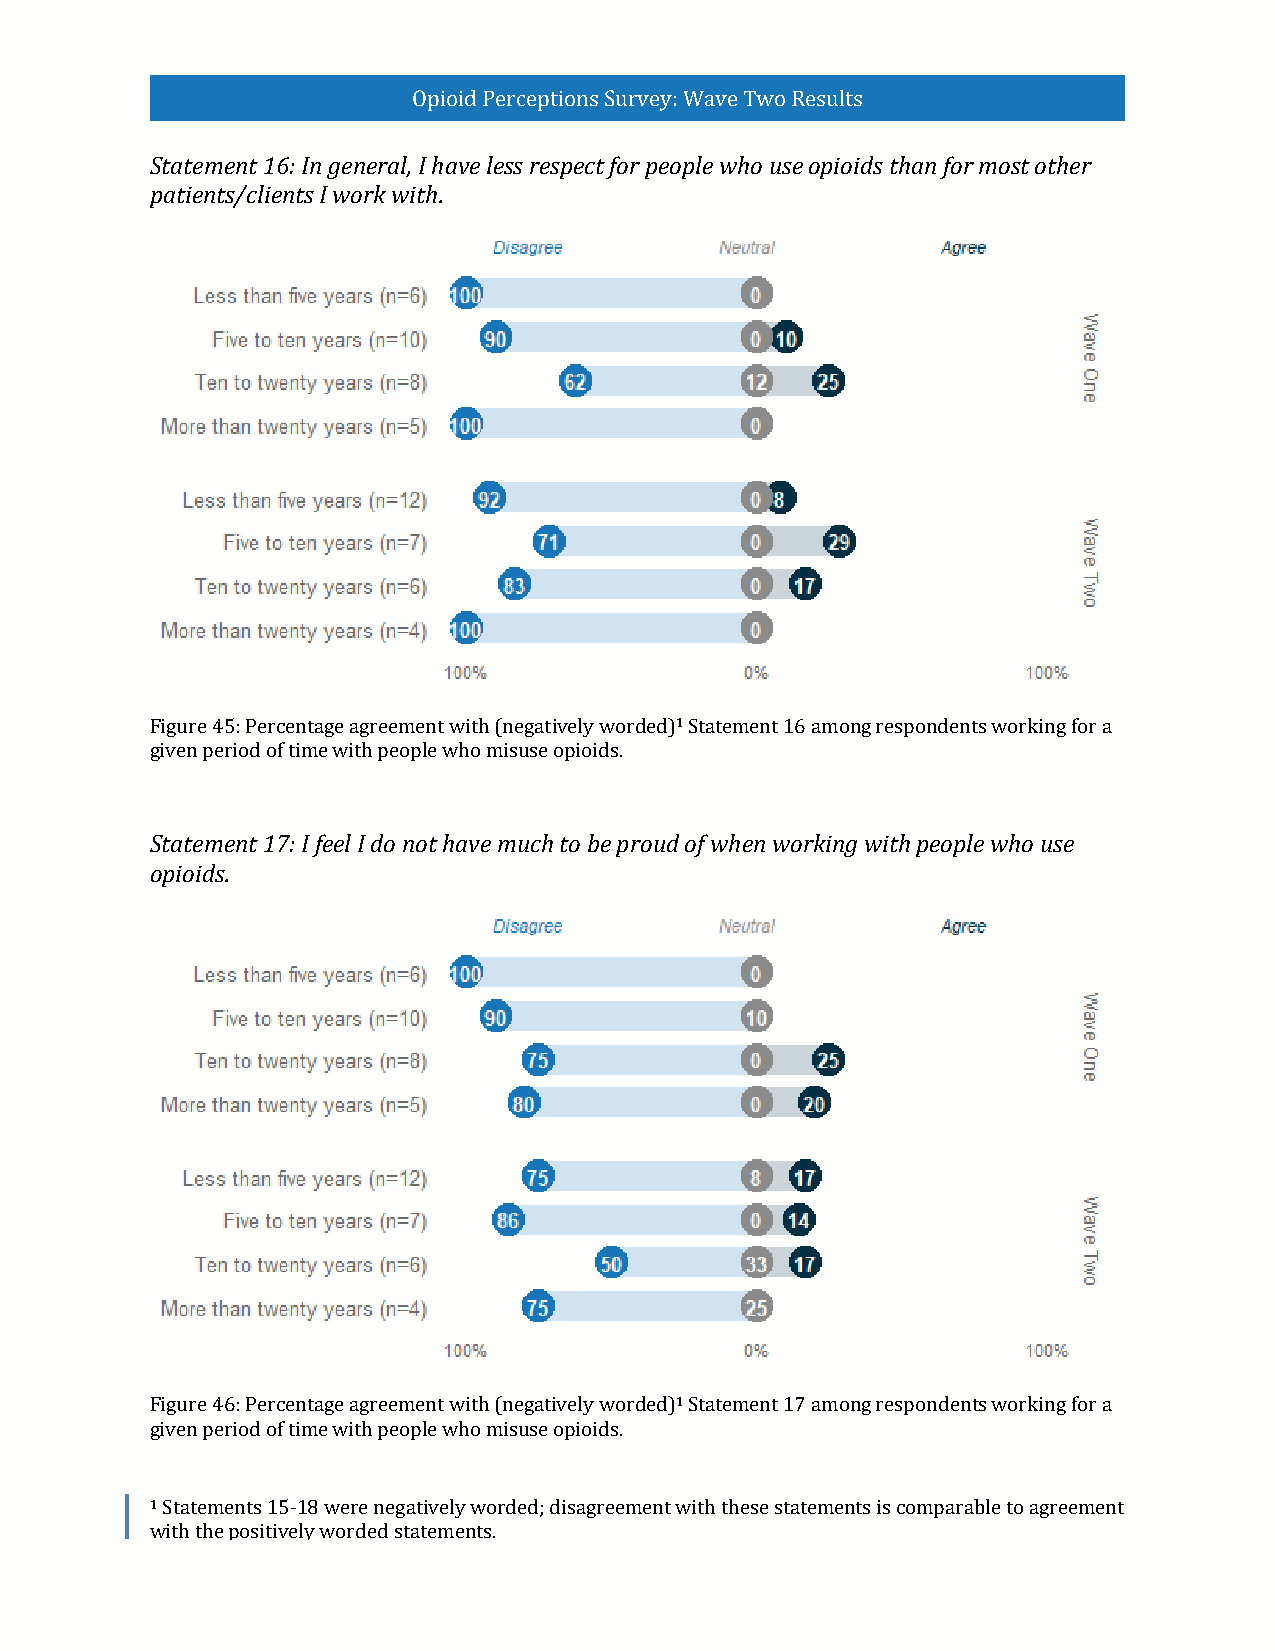
Opioid Perceptions Survey: Wave Two Results
 Statement 16: In general, I have less respect for people who use opioids than for most other
 patients/clients I work with.
 1
 Figure 45: Percentage agreement with (negatively worded) Statement 16 among respondents working for a
 given period of time with people who misuse opioids.
 Statement 17: I feel I do not have much to be proud of when working with people who use
 opioids.
 1
 Figure 46: Percentage agreement with (negatively worded) Statement 17 among respondents working for a
 given period of time with people who misuse opioids.
 1
 Statements 15-18 were negatively worded; disagreement with these statements is comparable to agreement
 with the positively worded statements.